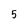
Character: 5